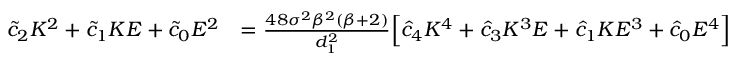
\begin{array} { r l } { \tilde { c } _ { 2 } K ^ { 2 } + \tilde { c } _ { 1 } K E + \tilde { c } _ { 0 } E ^ { 2 } } & { = \frac { 4 8 \sigma ^ { 2 } \beta ^ { 2 } ( \beta + 2 ) } { d _ { 1 } ^ { 2 } } \Big [ \hat { c } _ { 4 } K ^ { 4 } + \hat { c } _ { 3 } K ^ { 3 } E + \hat { c } _ { 1 } K E ^ { 3 } + \hat { c } _ { 0 } E ^ { 4 } \Big ] } \end{array}